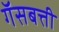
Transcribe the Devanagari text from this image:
गॅसबत्ती